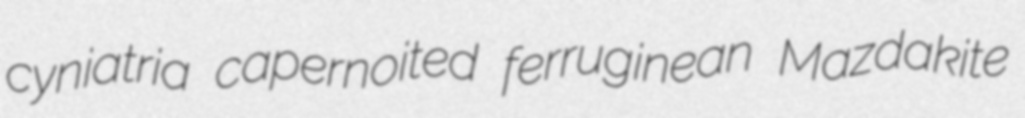
cyniatria capernoited ferruginean Mazdakite